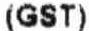
(GST)